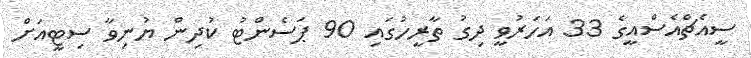
ސީއެޗްއެސްއީގެ 33 އަހަރުވީ ދިގު ތާރީހުގައި 90 ޕަސެންޓު ކުދިން ޔުނިވާ ސިޓީއަށް